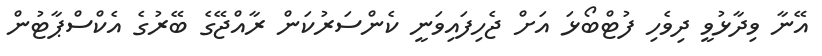
އޭނާ ވިދާޅުވީ ދިވެހި ފުޓްބޯޅަ އަށް ޖެހިފައިވަނީ ކެންސަރުކަން ރާއްޖޭގެ ބޭރުގެ އެކްސްޕާޓުން